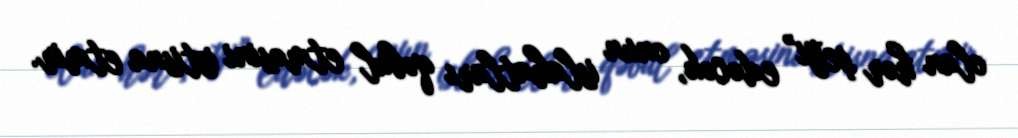
olan hər şeyi” edəcək, onun islahatları qəbul etməsini istisna etmir.